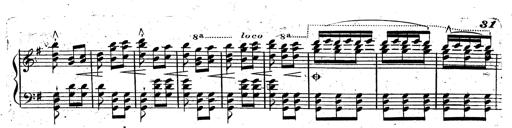
Title: Rondeau fantastique sur un thÃ¨me espagnol
Composer: Franz Liszt